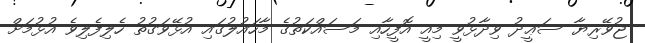
ޖުވޭރިޔާ ސަޢީދު ވިދާޅުވީ މިއީ އޮފީހާއި މަސައްކަތުގެ މާހައުލުގައި އުޅޭވަގުތު ހެލިފެލިވެ އުޅުމަށް